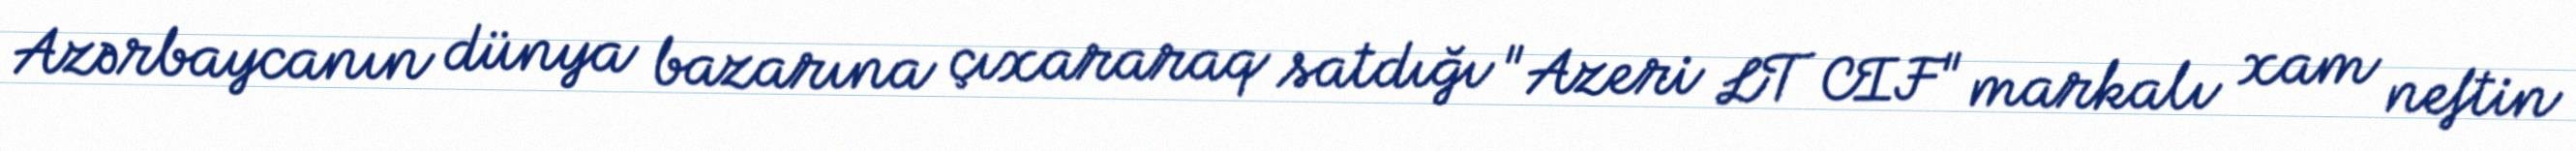
Azərbaycanın dünya bazarına çıxararaq satdığı "Azeri LT CIF" markalı xam neftin